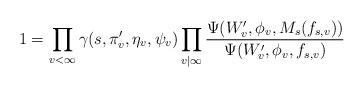
LaTeX: \begin{align*}1=\prod_{v<\infty}\gamma(s,\pi'_v,\eta_v,\psi_v) \prod_{v|\infty}\frac{\Psi(W'_v, \phi_v, M_s(f_{s,v}))}{\Psi(W'_v, \phi_v, f_{s,v})}\end{align*}